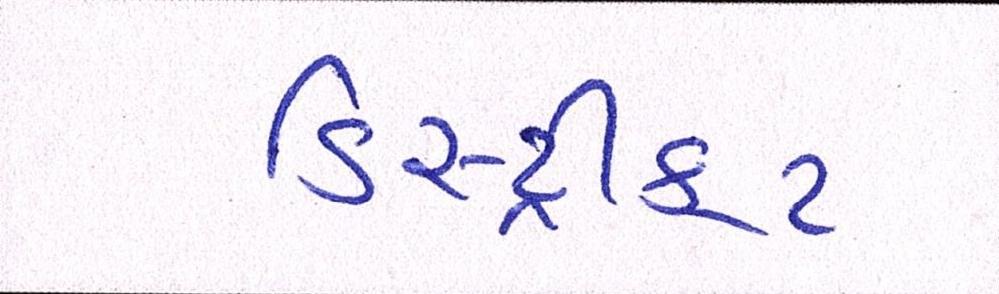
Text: ડિસ્સ્ટ્રીક્ટ